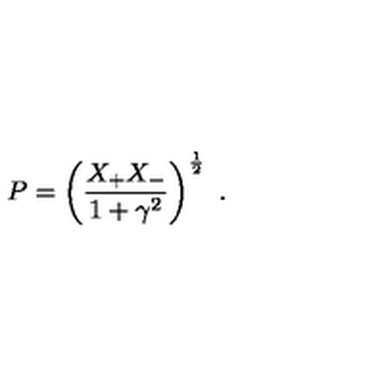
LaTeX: P = \left( \frac { X _ { + } X _ { - } } { 1 + \gamma ^ { 2 } } \right) ^ { \frac { 1 } { 2 } } \ .